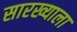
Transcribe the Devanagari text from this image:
सारख्याला